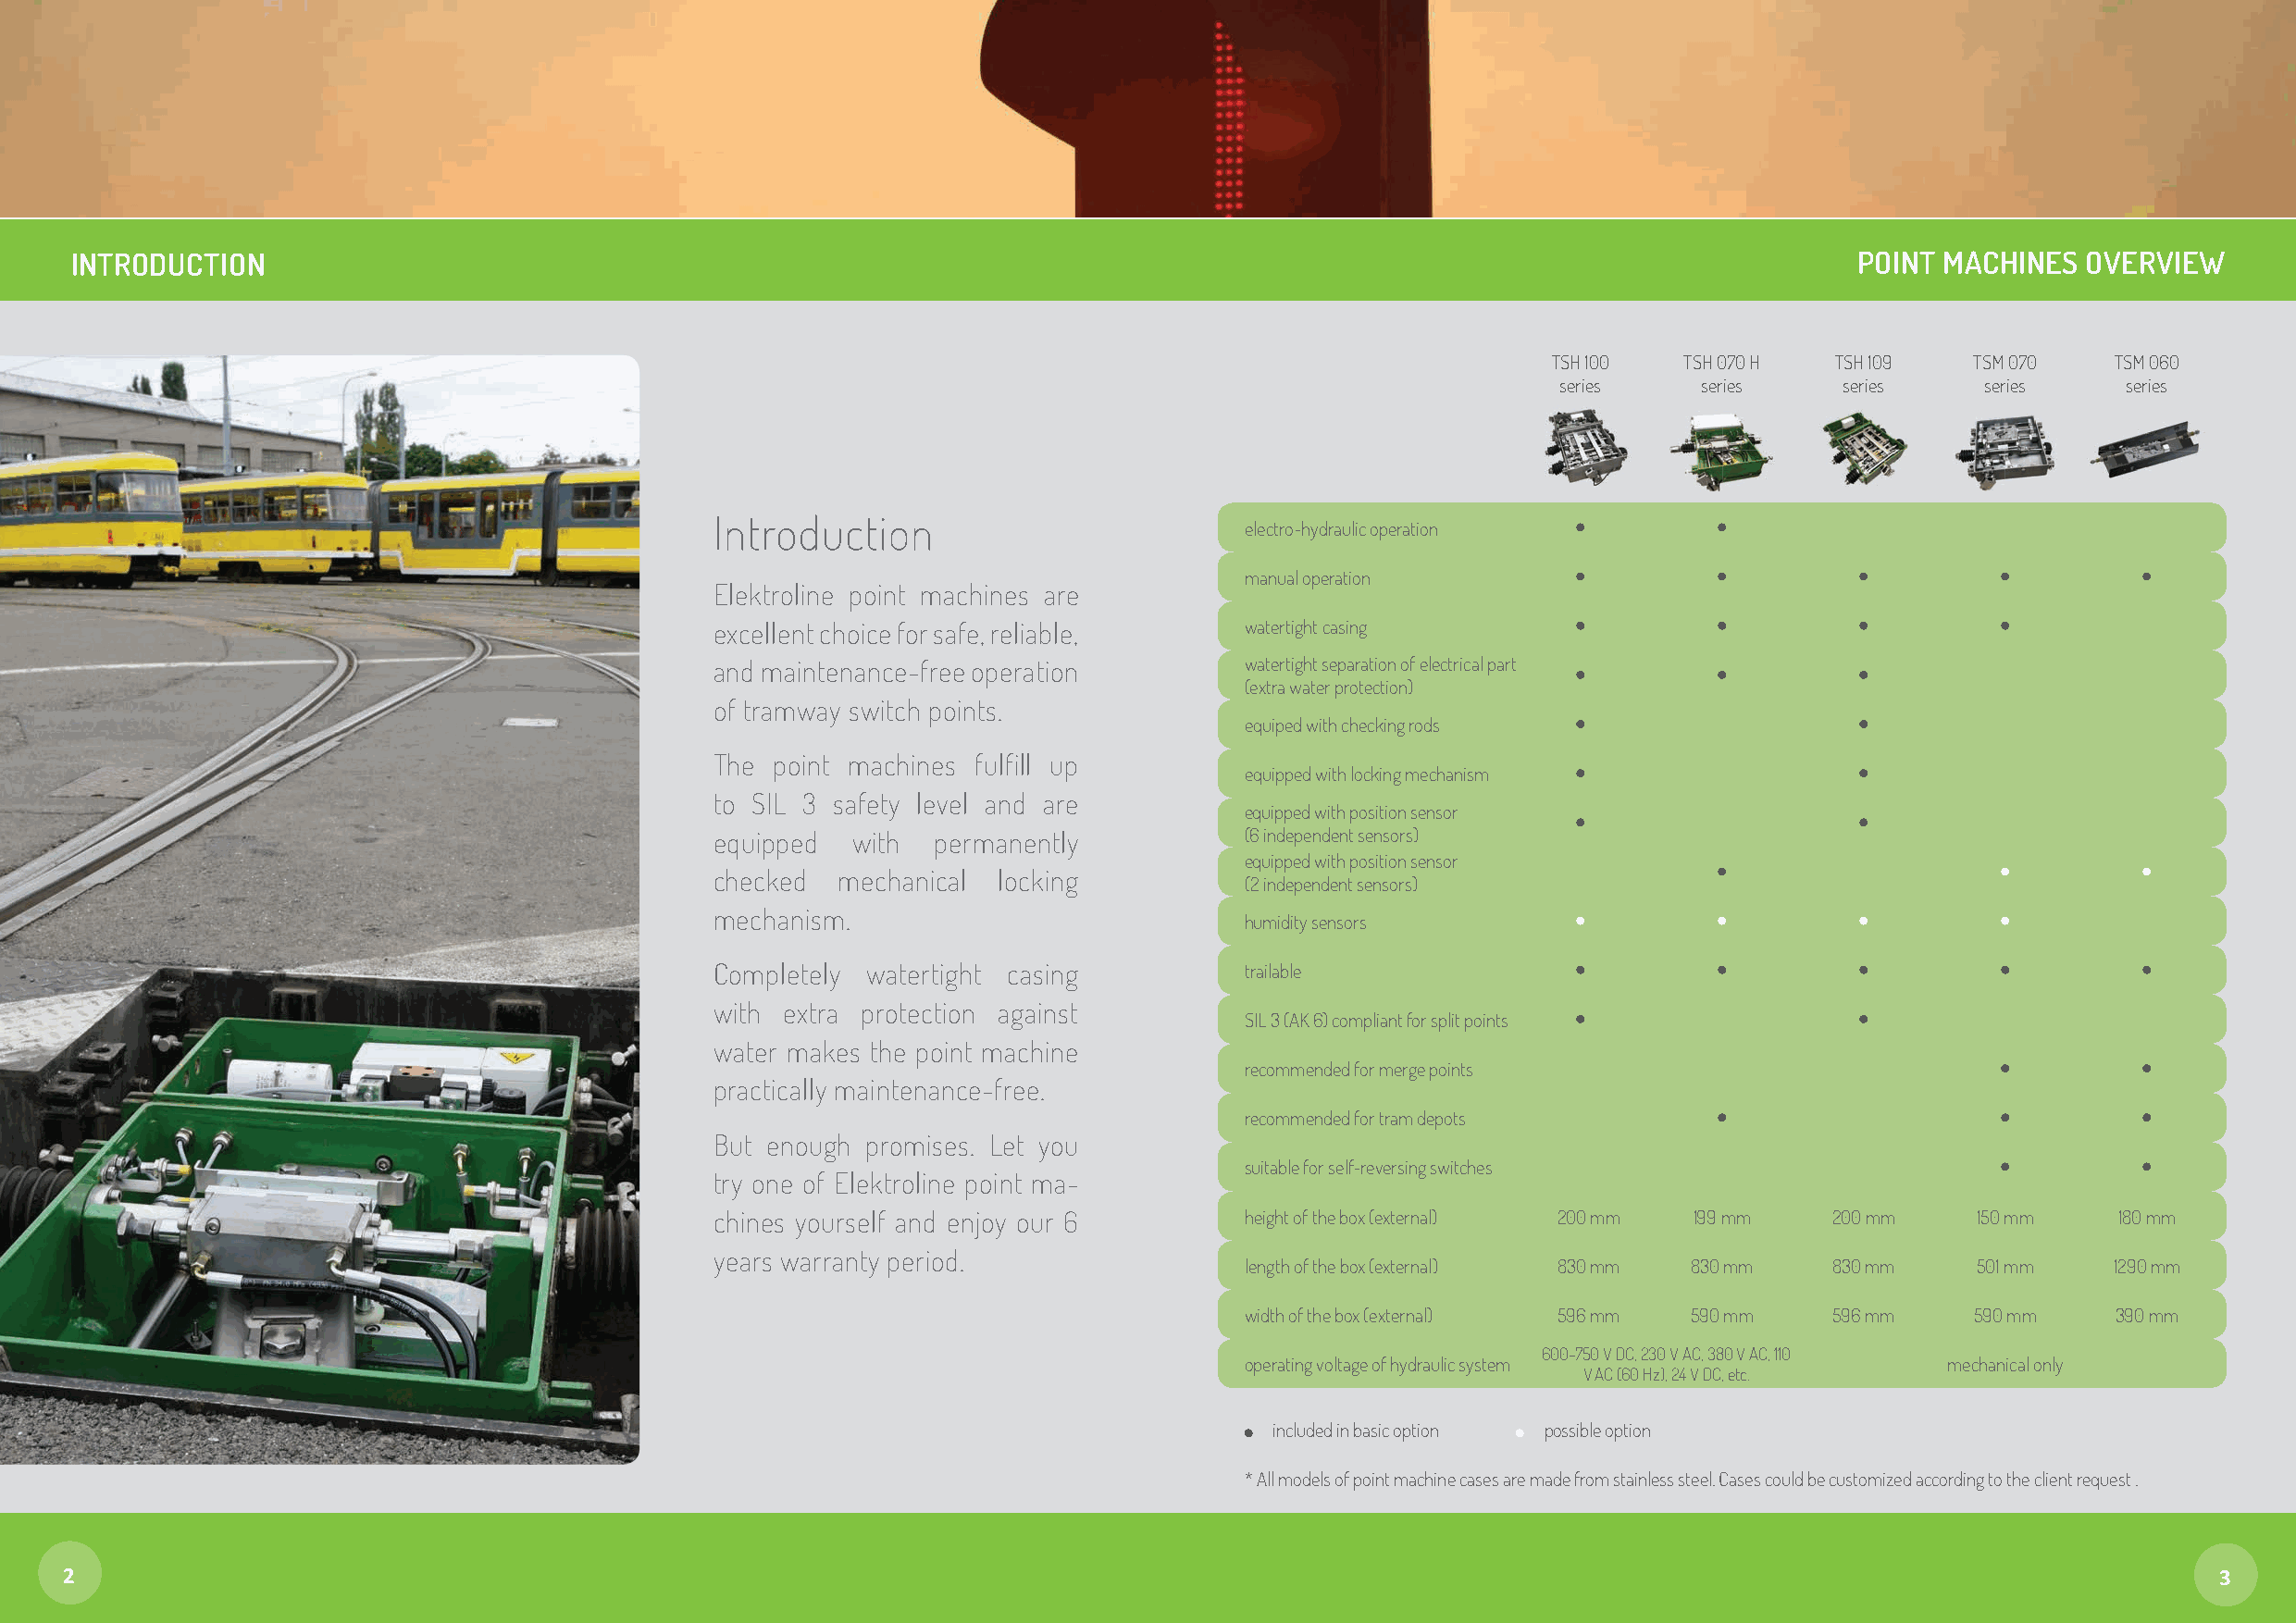
INTRODUCTION                                                                                                                    POINT MACHINES  OVERVIEW
 TSH 100  TSH 070 H  TSH 109   TSM 070   TSM 060
 series    series    series    series    series
 Introduction                          electro-hydraulic operation
 manual operation
 Elektroline point machines are
 excellent choice for safe, reliable,  watertight casing
 and maintenance-free operation        watertight separation of electrical part
 (extra water protection)
 of tramway switch points.
 equiped with checking rods
 The point machines fulfill up
 equipped with locking mechanism
 to SIL 3 safety level and are
 equipped with position sensor
 equipped  with  permanently           (6 independent sensors)
 equipped with position sensor
 checked  mechanical locking
 (2 independent sensors)
 mechanism.
 humidity sensors
 Completely watertight casing          trailable
 with extra protection against
 SIL 3 (AK 6) compliant for split points
 water makes the point machine
 recommended for merge points
 practically maintenance-free.
 recommended for tram depots
 But enough promises. Let you
 suitable for self-reversing switches
 try one of Elektroline point ma-
 chines yourself and enjoy our 6       height of the box (external) 200 mm 199 mm 200 mm   150 mm    180 mm
 years warranty period.
 length of the box (external) 830 mm 830 mm 830 mm   501 mm    1290 mm
 width of the box (external) 596 mm 590 mm 596 mm    590 mm    390 mm
 600-750 V DC, 230 V AC, 380 V AC, 110
 operating voltage of hydraulic system             mechanical only
 V AC (60 Hz), 24 V DC, etc.
 included in basic option possible option
 * All models of point machine cases are made from stainless steel. Cases could be customized according to the client request .
 3
 2                                                                                                                                                         3